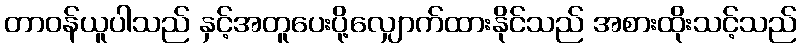
တာဝန်ယူပါသည် နှင့်အတူပေးပို့လျှောက်ထားနိုင်သည် အစားထိုးသင့်သည်